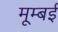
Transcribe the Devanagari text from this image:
मूम्बई